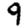
Digit: 9